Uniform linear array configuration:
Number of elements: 32
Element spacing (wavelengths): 1
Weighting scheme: cosine
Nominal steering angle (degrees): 60
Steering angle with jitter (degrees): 61.61
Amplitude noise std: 0.05
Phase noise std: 0.05

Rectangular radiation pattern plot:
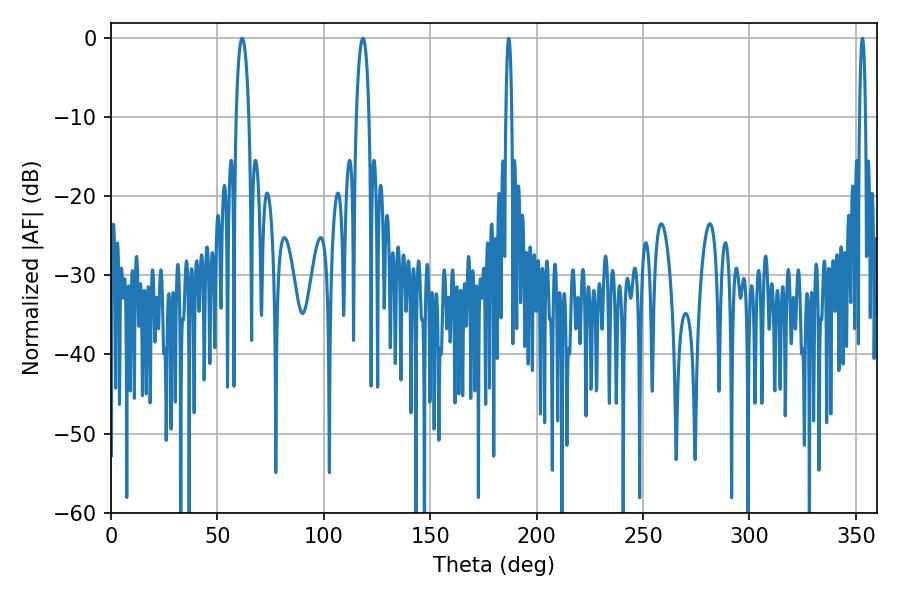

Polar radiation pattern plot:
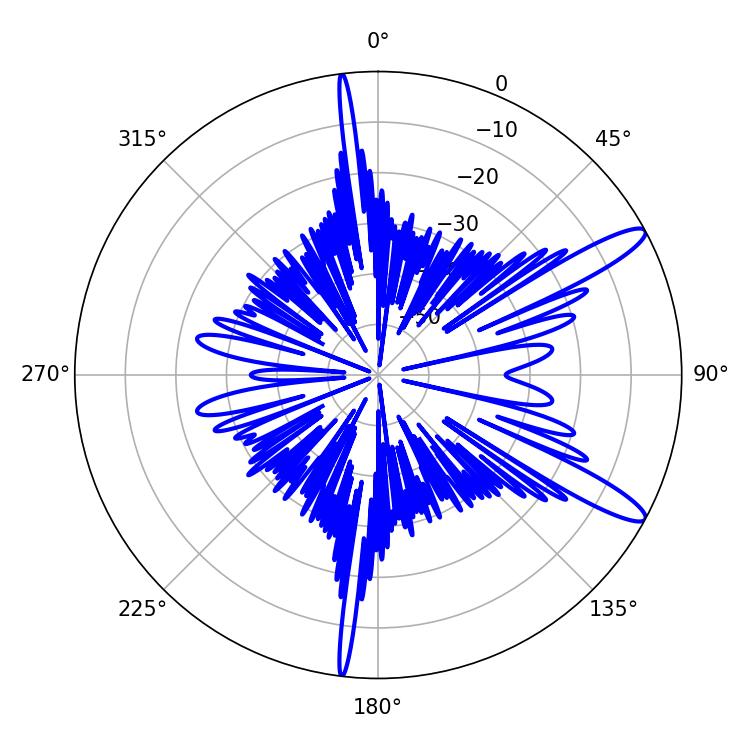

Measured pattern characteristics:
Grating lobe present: TRUE
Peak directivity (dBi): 12.67
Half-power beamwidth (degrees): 3.42
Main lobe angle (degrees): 61.56